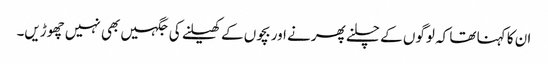
ان کا کہنا تھا کہ لوگوں کے چلنے پھرنے اور بچوں کے کھیلنے کی جگہیں بھی نہیں چھوڑیں۔